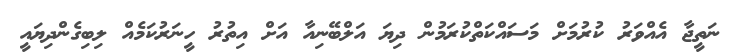
ނަތީޖާ އެއްވަރު ކުރުމަށް މަސައްކަތްކުރަމުން ދިޔަ އަލްބޭނިއާ އަށް އިތުރު ހީނަރުކަމެއް ލިބިގެންދިޔައީ